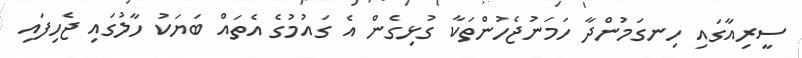
ސީރިއާގައި ހިނގަމުންދާ ހަމަނުޖެހުންތަކާ ގުޅިގެން އެ ގައުމުގެ އެތައް ބަޔަކު ހާލުގައި ޖެހިފައި